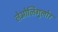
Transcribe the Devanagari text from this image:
लेओलिगुलोर